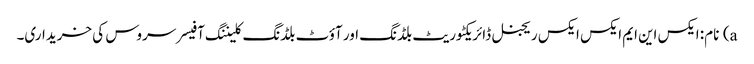
a) نام: ایکس این ایم ایکس ایکس ریجنل ڈائریکٹوریٹ بلڈنگ اور آؤٹ بلڈنگ کلیننگ آفیسر سروس کی خریداری۔